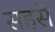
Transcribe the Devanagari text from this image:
सहसे